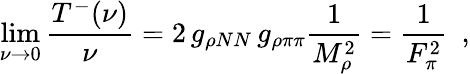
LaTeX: \operatorname*{lim}_{\nu\to 0}\frac{T^{-}(\nu)}{\nu}=2\, g_{\rho NN}\, g_{\rho\pi\pi}\frac{1}{M_{\rho}^{2}}=\frac{1}{F_{\pi}^{2}}\, \, \, ,